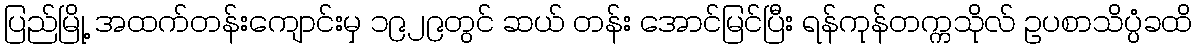
ပြည်မြို့ အထက်တန်းကျောင်းမှ ၁၉၂၉တွင် ဆယ် တန်း အောင်မြင်ပြီး ရန်ကုန်တက္ကသိုလ် ဥပစာသိပ္ပံခထိ